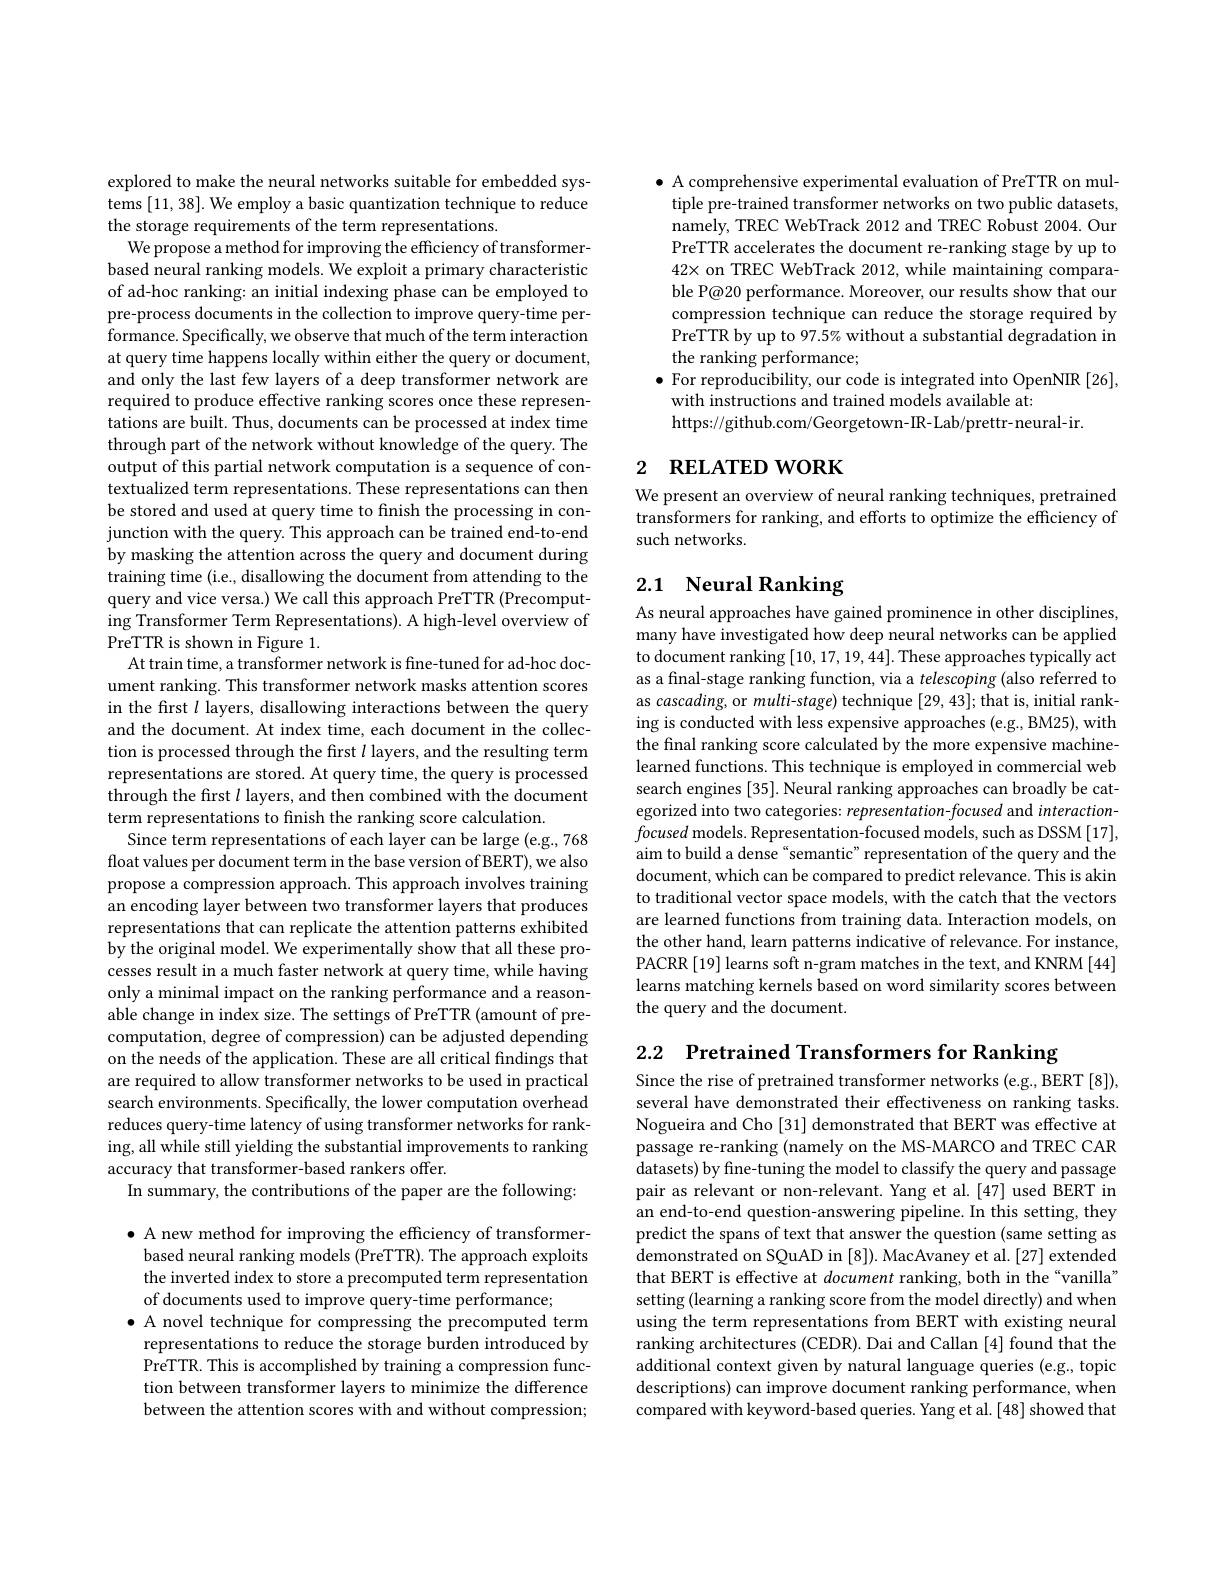
explored to make the neural networks suitable for embedded systems [11,38]. We employ a basic quantization technique to reduce the storage requirements of the term representations.
We propose a method for improving the efficiency of transformerbased neural ranking models. We exploit a primary characteristic of ad-hoc ranking: an initial indexing phase can be employed to pre-process documents in the collection to improve query-time performance. Specifically, we observe that much of the term interaction at query time happens locally within either the query or document, and only the last few layers of a deep transformer network are required to produce effective ranking scores once these representations are built. Thus, documents can be processed at index time through part of the network without knowledge of the query. The output of this partial network computation is a sequence of contextualized term representations. These representations can then be stored and used at query time to finish the processing in conjunction with the query. This approach can be trained end-to-end by masking the attention across the query and document during training time (i.e., disallowing the document from attending to the query and vice versa.) We call this approach PreTTR (Precomputing Transformer Term Representations). A high-level overview of PreTTR is shown in Figure 1.
At train time, a transformer network is fine-tuned for ad-hoc document ranking. This transformer network masks attention scores in the frst $l$ layers, disallowing interactions between the query and the document. At index time, each document in the collection is processed through the first $l$ layers, and the resulting term representations are stored. At query time, the query is processed through the first $l$ layers, and then combined with the document term representations to finish the ranking score calculation.
Since term representations of each layer can be large (e.g., 768 float values per document term in the base version of BERT), we also propose a compression approach. This approach involves training an encoding layer between two transformer layers that produces representations that can replicate the attention patterns exhibited by the original model. We experimentally show that all these processes result in a much faster network at query time, while having only a minimal impact on the ranking performance and a reasonable change in index size. The settings of PreTTR (amount of precomputation, degree of compression) can be adjusted depending on the needs of the application. These are all critical findings that are required to allow transformer networks to be used in practical search environments. Specifically, the lower computation overhead reduces query-time latency of using transformer networks for ranking, all while still yielding the substantial improvements to ranking accuracy that transformer-based rankers offer.
In summary, the contributions of the paper are the following:

$\bullet$ A new method for improving the efficiency of transformerbased neural ranking models (PreTTR). The approach exploits the inverted index to store a precomputed term representation of documents used to improve query-time performance;
$\bullet$ A novel technique for compressing the precomputed term
representations to reduce the storage burden introduced by PreTTR. This is accomplished by training a compression function between transformer layers to minimize the difference between the attention scores with and without compression;

$\bullet$ A comprehensive experimental evaluation of PreTTR on multiple pre-trained transformer networks on two public datasets, namely, TREC WebTrack 2012 and TREC Robust 2004. Our PreTTR accelerates the document re-ranking stage by up to $42\times$ on TREC WebTrack 2012, while maintaining comparable P@20 performance. Moreover, our results show that our compression technique can reduce the storage required by PreTTR by up to 97.5% without a substantial degradation in the ranking performance;
$\bullet$ For reproducibility, our code is integrated into OpenNIR [26],
with instructions and trained models available at:
https://github.com/Georgetown-IR-Lab/prettr-neural-ir.

## 2 RELATED WORK

We present an overview of neural ranking techniques, pretrained transformers for ranking, and efforts to optimize the efficiency of such networks.

# 2.1 Neural Ranking

As neural approaches have gained prominence in other disciplines, many have investigated how deep neural networks can be applied to document ranking [10,17,19,44]. These approaches typically act as a final-stage ranking function, via a telescoping (also referred to as cascading, or multi-stage) technique [29, 43]; that is, initial ranking is conducted with less expensive approaches (e.g., BM25), with the final ranking score calculated by the more expensive machinelearned functions. This technique is employed in commercial web search engines [35]. Neural ranking approaches can broadly be categorized into two categories: representation-focused and interactionfocused models. Representation-focused models, such as DSSM[17], aim to build a dense “semantic” representation of the query and the document, which can be compared to predict relevance. This is akin to traditional vector space models, with the catch that the vectors are learned functions from training data. Interaction models, on the other hand, learn patterns indicative of relevance. For instance, PACRR [19] learns soft n-gram matches in the text, and KNRM [44] learns matching kernels based on word similarity scores between the query and the document.

2.2 Pretrained Transformers for Ranking

Since the rise of pretrained transformer networks (e.g., BERT[8]), several have demonstrated their effectiveness on ranking tasks. Nogueira and Cho [31] demonstrated that BERT was effective at passage re-ranking (namely on the MS-MARCO and TREC CAR datasets) by fine-tuning the model to classify the query and passage pair as relevant or non-relevant. Yang et al.[47] used BERT in an end-to-end question-answering pipeline. In this setting, they predict the spans of text that answer the question (same setting as demonstrated on SQuAD in [8]). MacAvaney et al. [27] extended that BERT is effective at document ranking, both in the “vanilla” setting (learning a ranking score from the model directly) and when using the term representations from BERT with existing neural ranking architectures (CEDR). Dai and Callan [4] found that the additional context given by natural language queries (e.g., topic descriptions) can improve document ranking performance, when compared with keyword-based queries. Yang et al.[48] showed that